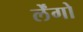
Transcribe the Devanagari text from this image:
र्लेंगो